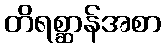
တိရစ္ဆာန်အစာ